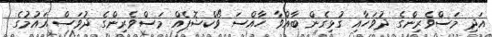
އަދި މަސްވެރިންގެ ދުވަހާއި ގުޅިގެން ބާއްވާ ހާއްސަ ވޯކްޝޮޕެއް މަސްވެރިންގެ ދުވަސް އައުމުގެ